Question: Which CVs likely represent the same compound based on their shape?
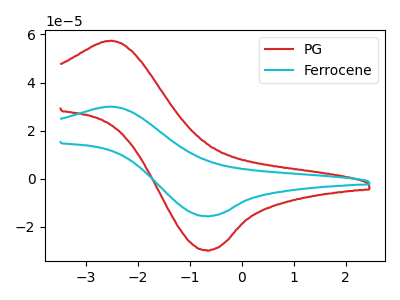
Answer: <think>The red curve "PG" has an anodic peak at (-2.50V, 57.40uA) and a cathodic peak at (-0.70V, -29.70uA). The cyan curve "Ferrocene" has an anodic peak at (-2.50V, 30.00uA) and a cathodic peak at (-0.70V, -15.50uA).
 All the peaks in "PG" have a peak in "Ferrocene" at the same potential. Every peak in "PG" is higher than every peak in "Ferrocene".</think>
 <answer>"PG" and "Ferrocene" have the same shape and are likely CV's of the same chemical.</answer>
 <eval>"PG" "Ferrocene"</eval>